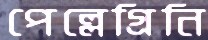
পেল্লেগ্রিনি